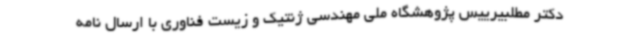
دکتر مطلبیرییس پژوهشگاه ملی مهندسی ژنتیک و زیست فناوری با ارسال نامه